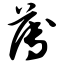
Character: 薄